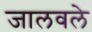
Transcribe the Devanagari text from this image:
जालवले